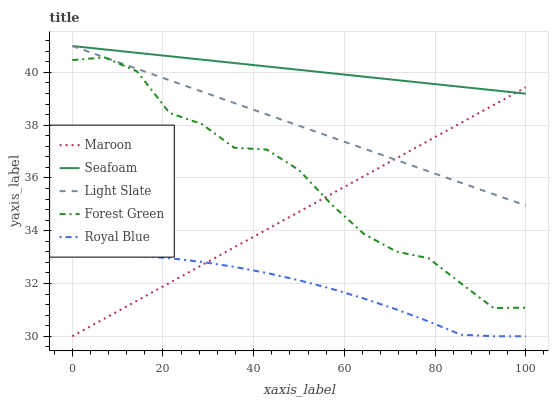
| xaxis_label | Maroon | Seafoam | Light Slate | Forest Green | Royal Blue |
 | --- | --- | --- | --- | --- | --- |
 | 0 | 30 | 41 | 41 | 40.5 | 33.1 |
 | 7.14 | 30.7 | 40.9 | 40.6 | 40.6 | 33.1 |
 | 14.3 | 31.3 | 40.7 | 40.1 | 40 | 33.1 |
 | 21.4 | 32 | 40.6 | 39.7 | 38.5 | 33 |
 | 28.6 | 32.7 | 40.5 | 39.3 | 38 | 32.8 |
 | 35.7 | 33.4 | 40.4 | 38.8 | 37.1 | 32.6 |
 | 42.9 | 34 | 40.2 | 38.4 | 37.1 | 32.4 |
 | 50 | 34.7 | 40.1 | 38 | 36.3 | 32.1 |
 | 57.1 | 35.4 | 40 | 37.5 | 35 | 31.8 |
 | 64.3 | 36.1 | 39.8 | 37.1 | 33.9 | 31.4 |
 | 71.4 | 36.7 | 39.7 | 36.7 | 33.2 | 31 |
 | 78.6 | 37.4 | 39.6 | 36.2 | 33 | 30.6 |
 | 85.7 | 38.1 | 39.5 | 35.8 | 32 | 30.1 |
 | 92.9 | 38.8 | 39.3 | 35.4 | 31.1 | 30 |
 | 100 | 39.4 | 39.2 | 35 | 31.1 | 30 |